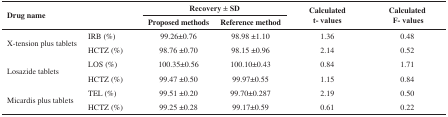
<table><thead><tr><td rowspan="2"><b>Drug name</b></td><td rowspan="2"></td><td colspan="2"><b>Recovery ± SD</b></td><td rowspan="2"><b>Calculatedt- values</b></td><td rowspan="2"><b>Calculated F- values</b></td></tr><tr><td><b>Proposed methods</b></td><td><b>Reference method</b></td></tr></thead><tbody><tr><td rowspan="2">X-tension plus tablets</td><td>IRB (%)</td><td>99.26±0.76</td><td>98.98 ±1.10</td><td>1.36</td><td>0.48</td></tr><tr><td>HCTZ (%)</td><td>98.76 ±0.70</td><td>98.15 ±0.96</td><td>2.14</td><td>0.52</td></tr><tr><td rowspan="2">Losazide tablets</td><td>LOS (%)</td><td>100.35±0.56</td><td>100.10±0.43</td><td>0.84</td><td>1.71</td></tr><tr><td>HCTZ (%)</td><td>99.47 ±0.50</td><td>99.97±0.55</td><td>1.15</td><td>0.84</td></tr><tr><td rowspan="2">Micardis plus tablets</td><td>TEL (%)</td><td>99.51 ±0.20</td><td>99.70±0.287</td><td>2.19</td><td>0.50</td></tr><tr><td>HCTZ (%)</td><td>99.25 ±0.28</td><td>99.17±0.59</td><td>0.61</td><td>0.22</td></tr></tbody></table>